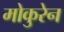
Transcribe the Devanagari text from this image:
मोकुरेन